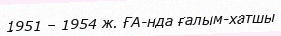
1951 – 1954 ж. ҒА-нда ғалым-хатшы